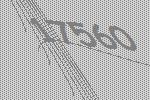
17560